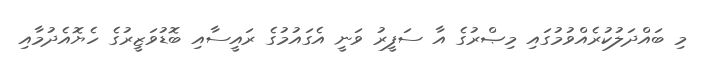
މި ބައްދަލުކުރެއްވުމުގައި މިޞްރުގެ އާ ސަފީރު ވަނީ އެގައުމުގެ ރައީސާއި ބޮޑުވަޒީރުގެ ހެޔޮއެދުމާއި